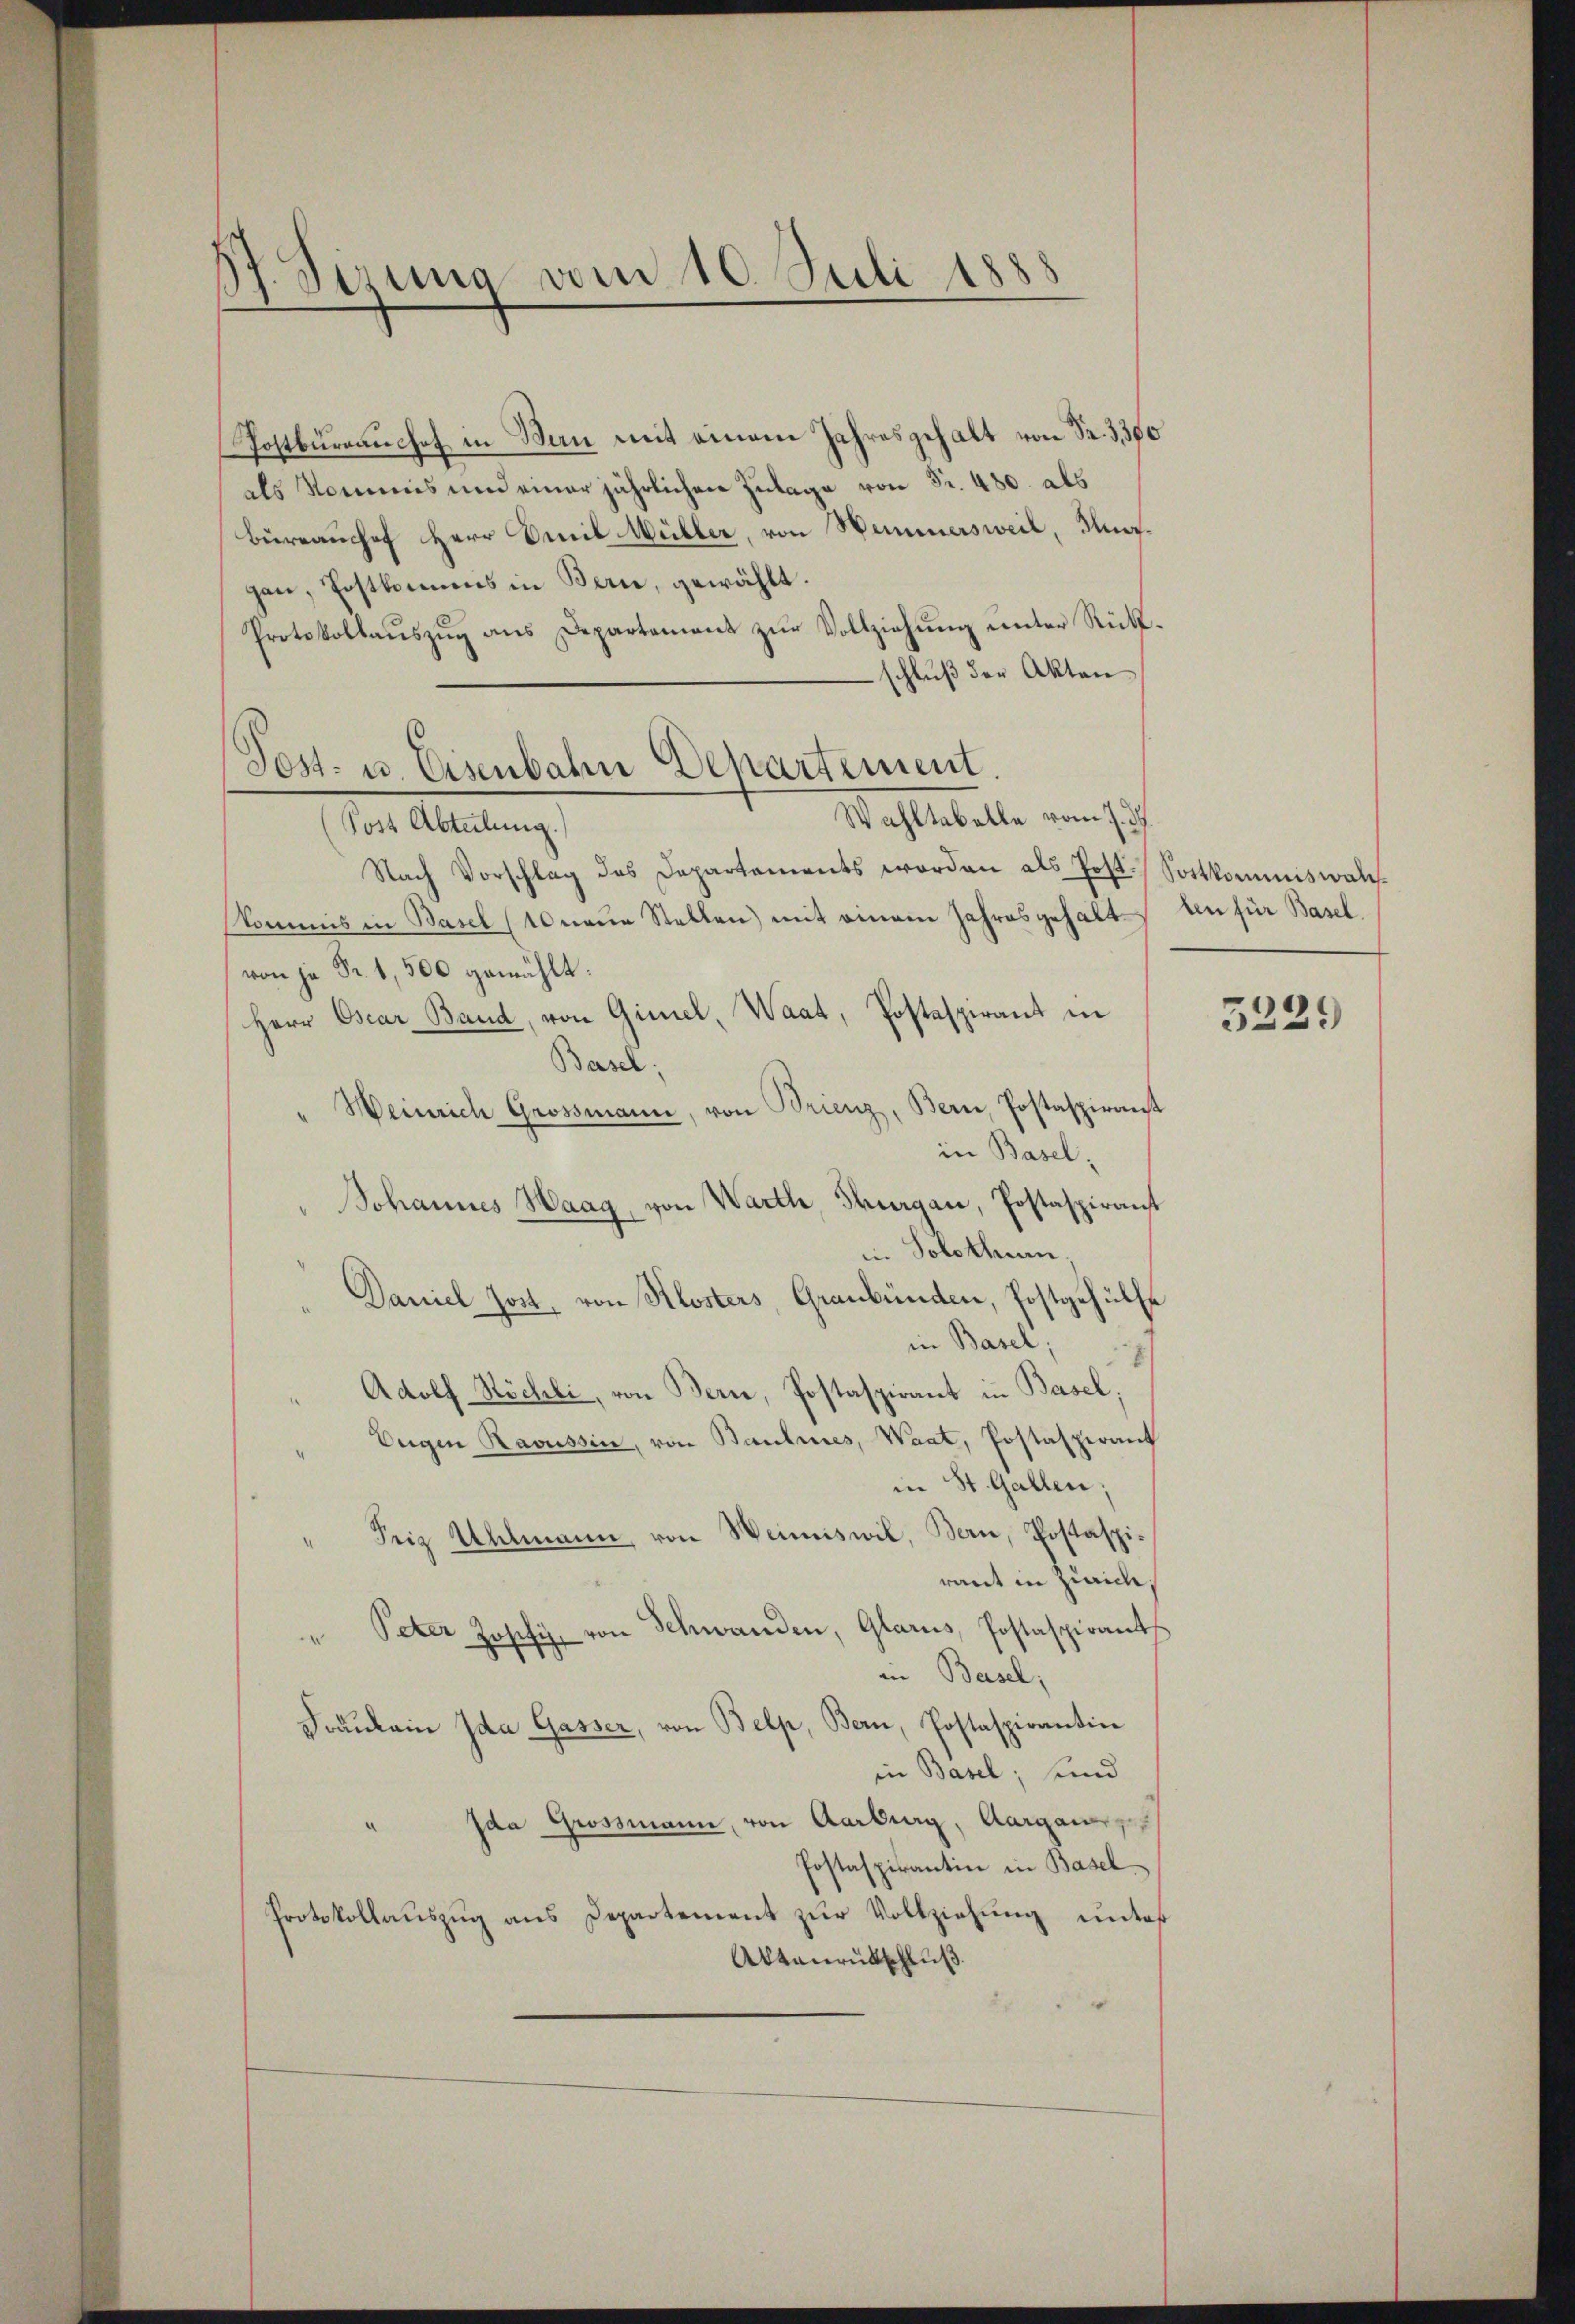
17. Sizung vom 10. Seli
.

Postkuranchef in Man mit einem Jahresgehalt von Fr. 3300
als Kommis und einer jährlichen Zulage von Fr. 480. als
büreauchef Herr Emil Müller, von Wimmersweil, Knagan, Postkommnis in Bern, gewählt.
Protokollauszug aus Departement zur Vollziehung unter Rückschluß der Akten.
Wahltebelle vom 7.
Post Abteilung.
Nach Vorschlag des Departements worden als Post. Sortkommiswalchkommis in Basel (10 neue Stellen) mit einem Jahresgehalt an für Basel
von ja Fr. 1,500 gewählt.
Herr Oscar Band, von Gimel, Waat, Postaspirant in
Basel;
Weinrich Grossmann, von Brienz, Bern, Postaspirant
in Basel,
Johannes Haag, von Warth, Thurgau, Postaspirant
in Solothurn,
Daniel Jost, von Klosters, Graubünden, Postgehülfe
in Basel;
Adolf Röchli, von Bern, Postaspirant in Basel,
Eugen Ravussin, von Baulines, Waat, Postaspirant
in St. Gallen;
Friz Uhlmann von Weinswil, Bern, Postaspiraut in Zürich,
" Peter Josefi, von Schwanden, Glarus, Postaspirant
in Basel,
Fräŭlein Ida Gasser, von Belp, Bern, Postaspirantin
in Basel; und
Ida Grossmann, von Aarburg, Aargau,
Postaspirantin in Basel
Protokollauszug aus Departement zur Vollziehung unter
Aktenrütschluß

Post- u. Eisenbahn Departement.

5229